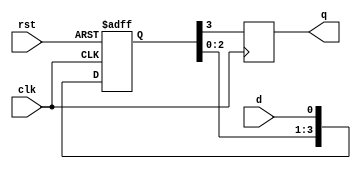
module synchronizer(
    input wire rst, // Reset signal
    input wire clk, // Clock signal
    input wire d,   // Input signal to be synchronized
    output reg q    // Synchronized output signal
);

reg [3:0] d_ff; // Internal signals connected between the flip-flops

// D flip-flops in series
always @(posedge clk or posedge rst)
begin
    if(rst)
        d_ff <= 4'b0000; // Reset the internal signals on active high reset
    else
        begin
            d_ff[0] <= d;
            d_ff[1] <= d_ff[0];
            d_ff[2] <= d_ff[1];
            d_ff[3] <= d_ff[2];
        end
end

// Output signal from the last flip-flop
always @(posedge clk)
begin
    q <= d_ff[3];
end

endmodule